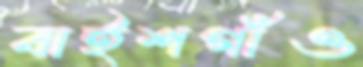
বাইশগাঁও